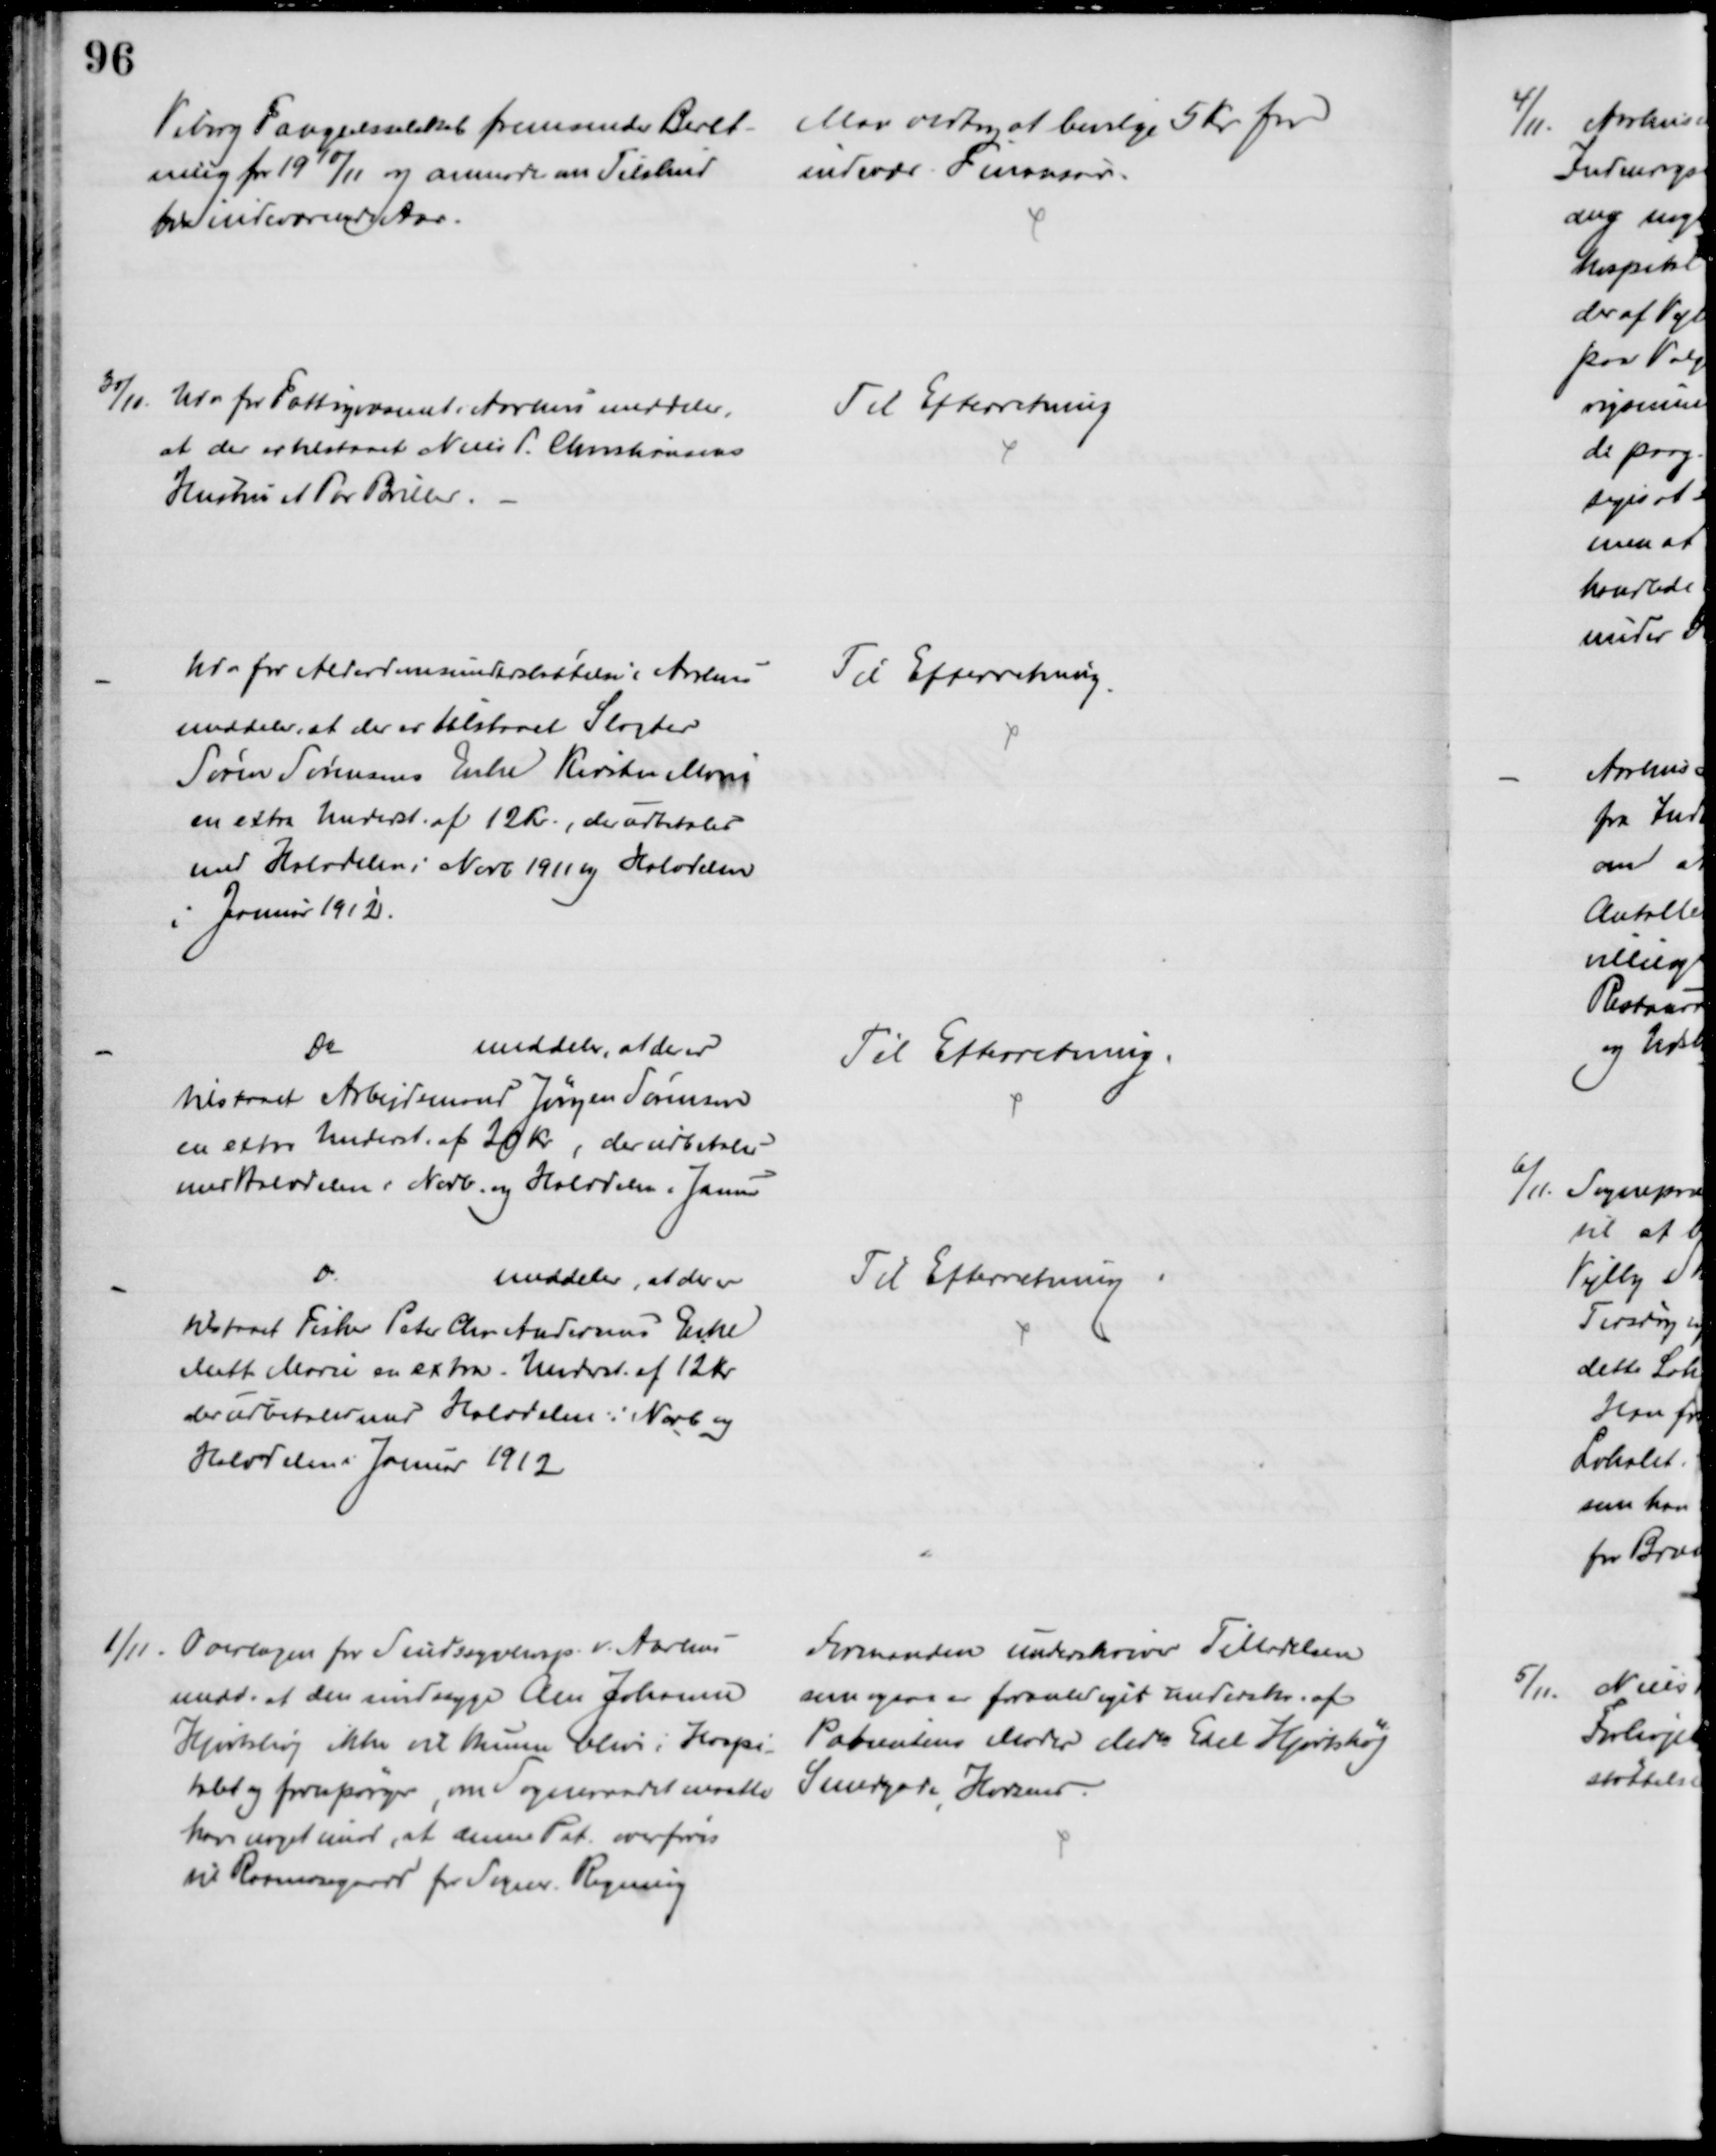
Transskription:
Viborg Fængselsselskab fremsender Beret-
ning for 1910/11 og anmoder om Tilskud
for indeværende Aar.
Man vedtog at bevilge 5 Kr for
indeværende Finansaar.
30/11.
Udv for Fattigvæsenet i Aarhus meddeler,
at der er tilstaaet Niels P. Christiansens
Hustru et Par Briller.
Til Efterretning
Udv for Alderdomsunderstøttelse i Aarhus
meddeler, at der er tilstaaet Slagter
Søren Sørensens Enke Kirsten Marie
en extra Underst. af 12 Kr., der udbetales
med Halvdelen i Novb 1911 og Halvdelen
i Januar 1912.
Til Efterretning.
Do
meddeler, at der er
tilstaaet Arbejdsmand Jørgen Sørensen
en extra Underst. af 20 Kr., der udbetales
med Halvdelen i Novb. og Halvdelen i Januar
Til Efterretning.
Do
meddeler, at der er
tilstaaet Fisker Peter Chr. Andersens Enke
Mette Marie en extra. Underst. af 12 Kr.
der udbetales med Halvdelen i Novb og
Halvdelen i Januar 1912
Til Efterretning
1/11
Overlægen for Sindssygehosp. v. Aarhus
medd. at den sindssyge Ane Johanne
Hjortshøj ikke vil kunne blive i Hospi-
talet og forespørger, om Sogneraadet maatte
have noget imod, at denne Pat. overføres
til Raamosegaard for Sogner. Regning
Formanden underskriver Tilladelsen
som ogsaa er foranlediget underskr. af
Patientens Moder der Mdm Edel Hjortshøj
Smedegade, Horsens.